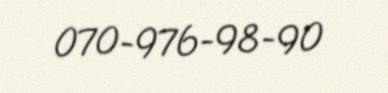
070-976-98-90